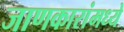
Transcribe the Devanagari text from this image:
जाणकारांमध्ये